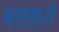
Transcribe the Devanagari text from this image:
कारकाने